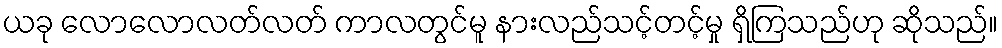
ယခု လောလောလတ်လတ် ကာလတွင်မူ နားလည်သင့်တင့်မှု ရှိကြသည်ဟု ဆိုသည်။